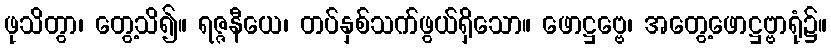
ဖုသိတွာ၊ တွေ့သိ၍။ ရဇ္ဇနီယေ၊ တပ်နှစ်သက်ဖွယ်ရှိသော။ ဖောဋ္ဌဗ္ဗေ၊ အတွေ့ဖောဋ္ဌဗ္ဗာရုံ၌။